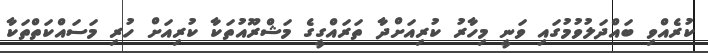
ކުރެއްވި ބައްދަލުވުމުގައި ވަނީ މިހާރު ކުރިއަށްދާ ތަރައްގީގެ މަޝްރޫއުތަކާ ކުރިއަށް ހުރި މަސައްކަތްތަކާ